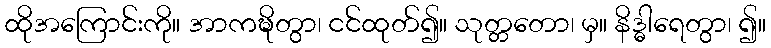
ထိုအကြောင်းကို။ အာကဍ္ဎိတွာ၊ ငင်ထုတ်၍။ သုတ္တတော၊ မှ။ နိဒ္ဓါရေတွာ၊ ၍။